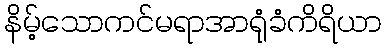
နိမ့်သောကင်မရာအာရုံခံကိရိယာ